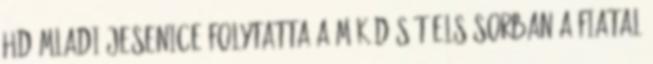
HD mladi Jesenice folytatta a működését elsősorban a fiatal